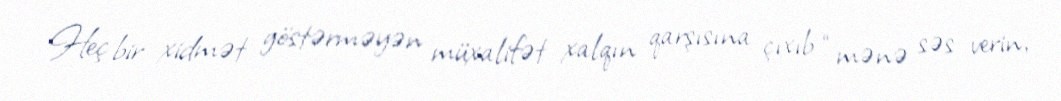
Heç bir xidmət göstərməyən müxalifət xalqın qarşısına çıxıb “mənə səs verin,